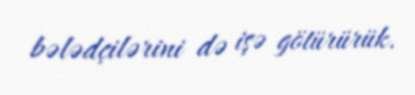
bələdçilərini də işə götürürük.